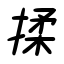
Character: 揉